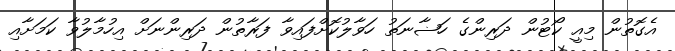
އެގޮތުން މިއީ ކޯޓުން ދަރިންގެ ހަޟާނަތު ހަވާލުކޮށްފައިވާ ފަރާތުން ދަރިންނަށް އިހުމާލުވާ ކަމަށާއި